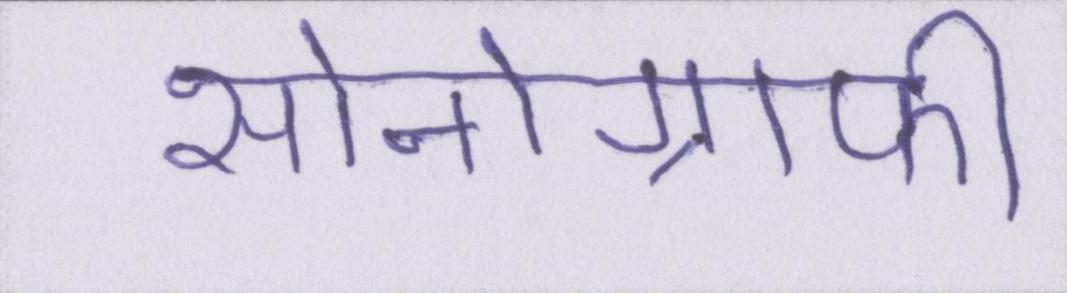
सोनोग्राफी